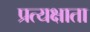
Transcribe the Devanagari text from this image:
प्रत्यक्षाता